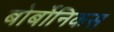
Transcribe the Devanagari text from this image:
बोर्बोनिकस